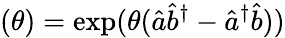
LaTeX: (\theta)=\exp(\theta(\hat{a}\hat{b}^{\dagger}-\hat{a}^{\dagger}\hat{b}))